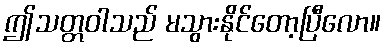
ဤသတ္တဝါသည် မသွားနိုင်တော့ပြီလော။